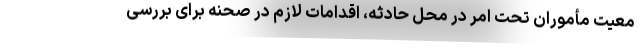
معیت مأموران تحت امر در محل حادثه، اقدامات لازم در صحنه برای بررسی